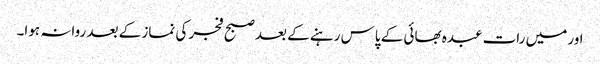
اور میں رات عبدہ بھائی کے پاس رہنے کے بعد صبح فجر کی نماز کے بعد روانہ ہوا۔